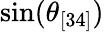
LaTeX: \sin(\theta_{[34]})